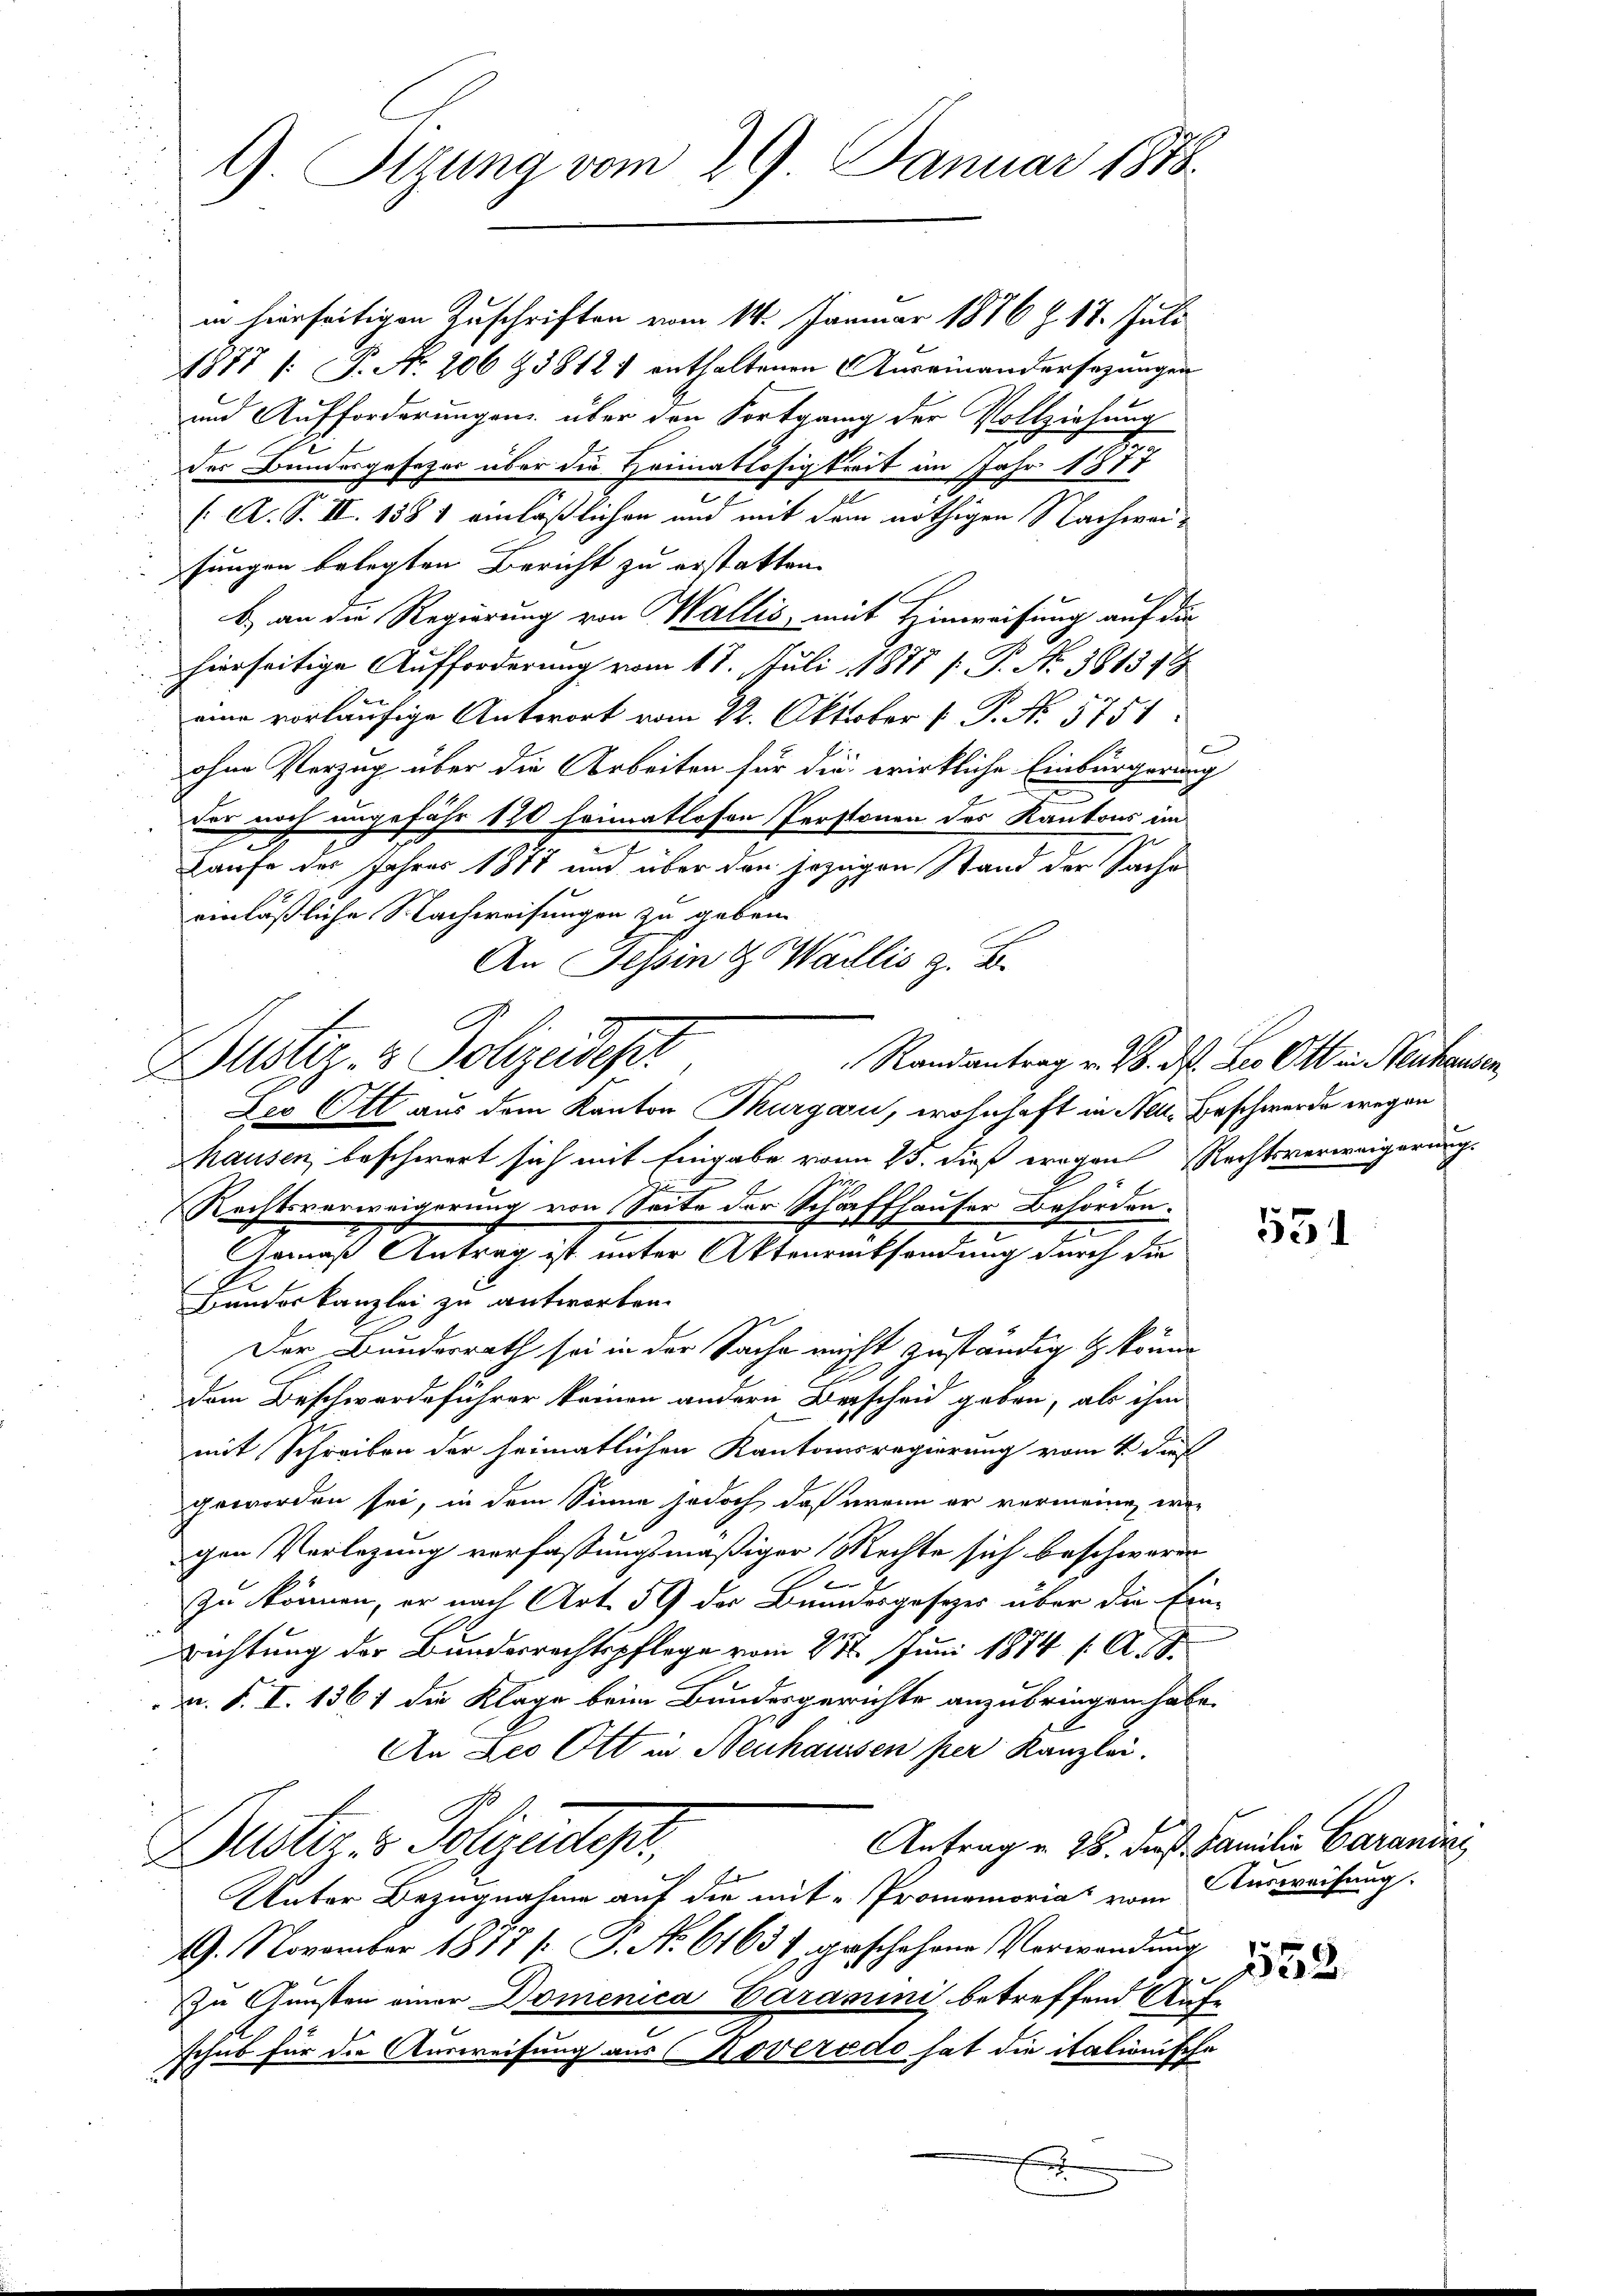
in hierseitigen Zuschriften vom 14. Januar 1876 Z. 17. Juli
1877 /: P. Nr. 206 & 3812 1 enthaltenen Auseinandersezungen
und Aufforderungen über den Fortgang der Vollziehung
der Bundesgesezer über die Heimatlosigkeit im Jahr 1888
.
2
(A. S. III. 1881 einläßlichen und mit dem nöthigen Nachweisungen belegten Bericht zu erstatten.
b) an die Regierung von Wallis, mit Hinweisung auf die
hierseitige Aufforderung vom 17. Juli 1877 [ P. Nr. 381319
eine vorläufige Antwort vom 22. Oktober [ P. No. 5751.
ohne Verzug über die Arbeiten für die wirkliche Einbürgerung
der noch ungefähr 120 heimatlosen Perstonen des Kantons im
e
Laufe des Jahres 1877 und über den jezigen Stand der Sache
einläßliche Nachweisungen zu geben.
An Tessin & Wallis z. B.
Dustiz- & Polizeider
Leo Ott aus dem Kanton Thurgau, wohnhaft in Neue Beschwerde wegen
hausen, beschwert sich mit Eingabe von 15. dieß wegen Rechtsverweigerung
 x
Rechtsverweigerung von Seite der Schaffhauser Behörden.
.
2
omas Antrag ist unter Aktenrücksendung durch die
Bundeskanzlei zu antworten.
Der Bunderrath sei in der Sache nicht zuständig & könne
.
dem Beschwerdeführer keinen andern Verscheid geben, als ihm
mit Schreiben der heimatlichen Kantonsregierung vom 1. Dies
geworden sei, in dem Sinne jedoch, daß wenn er vermeinen wer
gen Verlegung verfassungsmäßiger Rechte sich beschweren
.
zu können, er nach Art. 59 der Bundesgesetzer über die Einrichtung der Bundesrechtspflege vom 28. Juni 1884 /: A. S.
D. S. I. 1361 die Klage beim Bundesgerichte anzubringen habe.
An Leo Ott in Neuhaussen per Kanzlei.
Antrag u. 28. dieß Familie Garanins
Duster z. Polizeides,
Unter Bezugnahme auf die mit Promemoria vom Ausweisung.
19. November 1877 [G. No. 61631, geschehene Verwandung
zu Gunsten einer Domenica Caramini betreffend Auf-
schub für die Ausweisung aus Noveredo hat die italionische

G. Stzung vom 29. Januar 1878.

C
Randantrag v. 26. ds. Les Ott in Neuhausen,

558.